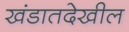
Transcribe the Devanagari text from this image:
खंडातदेखील